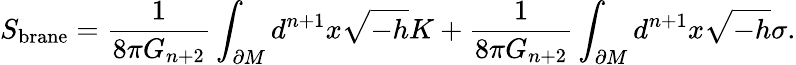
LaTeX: S_{\mathrm{brane}}=\frac{1}{8\pi G_{n+2}}\int_{\partial M}d^{n+1}x\sqrt{-h}K+\frac{1}{8\pi G_{n+2}}\int_{\partial M}d^{n+1}x\sqrt{-h}\sigma.